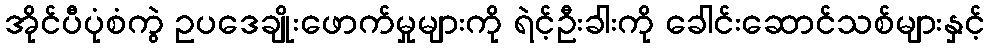
အိုင်ပီပုံစံကွဲ ဥပဒေချိုးဖောက်မှုများကို ရဲင့်ဦးခါးကို ခေါင်းဆောင်သစ်များနှင့်